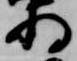
将